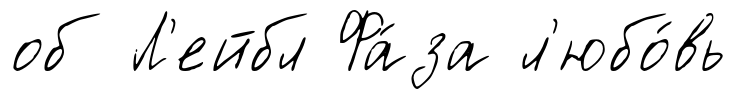
об Л'ейбл Фа́за л'юбо́вь